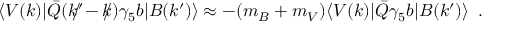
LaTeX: \langle V ( k ) | \bar { Q } ( k ^ { \prime } \! \! \! \! / - k \! \! \! / ) \gamma _ { 5 } b | B ( k ^ { \prime } ) \rangle \approx - ( m _ { B } + m _ { V } ) \langle V ( k ) | \bar { Q } \gamma _ { 5 } b | B ( k ^ { \prime } ) \rangle \, \, \, .